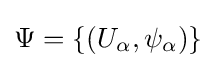
\Psi =\left\{\left(U_{\alpha },\psi _{\alpha }\right)\right\}